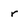
Character: r